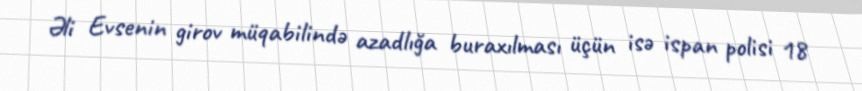
Əli Evsenin girov müqabilində azadlığa buraxılması üçün isə ispan polisi 18